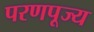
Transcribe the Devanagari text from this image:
परणपूज्य